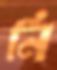
নি